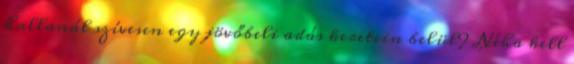
hallanál szívesen egy jövőbeli adás keretein belül? Néha kell